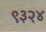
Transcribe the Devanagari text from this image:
९३२४